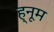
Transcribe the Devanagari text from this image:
ह्नूम